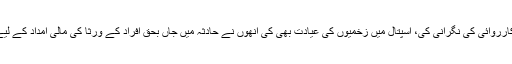
ڈپٹی کمشنر میاں محمدا قبال مظہر جائے حادثہ پر پہنچے اور امدادی کارروائی کی نگرانی کی، اسپتال میں زخمیوں کی عیادت بھی کی انھوں نے حادثہ میں جاں بحق افراد کے ورثا کی مالی امداد کے لیے پانچ، پانچ لاکھ روپے کی سفارشات حکومت پنجاب کو بھجوادی ہیں۔